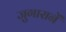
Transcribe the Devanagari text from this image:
जुगारानें